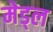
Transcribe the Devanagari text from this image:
मेड्ल